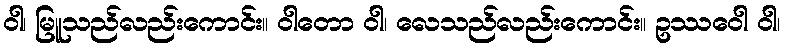
ဝါ၊ မြူသည်လည်းကောင်း။ ဝါတော ဝါ၊ လေသည်လည်းကောင်း။ ဥဿဝေါ ဝါ၊